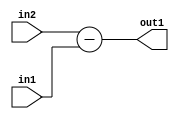
`timescale 1ps / 1ps
/*****************************************************************************
    Verilog RTL Description
    
    
    Created by: Stratus DpOpt 2019.1.01 
*******************************************************************************/

module feature_write_addr_gen_Sub_3Ux1U_3S_1 (
	in2,
	in1,
	out1
	); /* architecture "behavioural" */ 
input [2:0] in2;
input  in1;
output [2:0] out1;
wire [2:0] asc001;

assign asc001 = 
	+(in2)
	-(in1);

assign out1 = asc001;
endmodule

/* CADENCE  ubD2TQE= : u9/ySgnWtBlWxVPRXgAZ4Og= ** DO NOT EDIT THIS LINE ******/